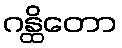
ဂန္ထိတော